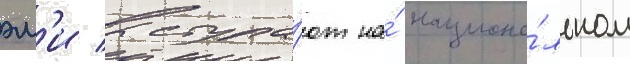
эм'и выступа́ют на́ национа́льном